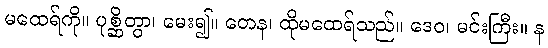
မထေရ်ကို။ ပုစ္ဆိတွာ၊ မေး၍။ တေန၊ ထိုမထေရ်သည်။ ဒေဝ၊ မင်းကြီး။ န